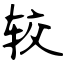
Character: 较